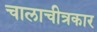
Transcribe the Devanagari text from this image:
चालाचीत्रकार